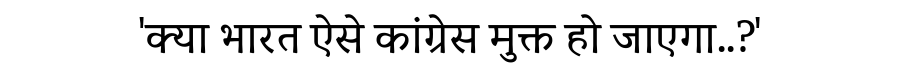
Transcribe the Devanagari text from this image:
'क्या भारत ऐसे कांग्रेस मुक्त हो जाएगा..?'